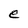
Character: e